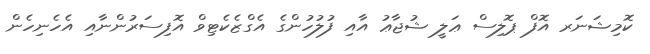
ކޮމިޝަނަރ އޮފް ޕޮލިސް ޢަލީ ޝުޖާޢު އާއި ފުލުހުންގެ އެގްޒެކެޓިވް އޮފިސަރުންނާއި އެހެނިހެން